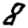
Digit: 8